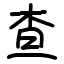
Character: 查